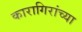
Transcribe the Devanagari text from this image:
कारागिरांच्या